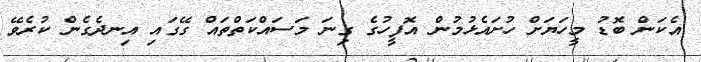
އެކަން ބޮޑު މީހަޔަށް ހުށައެޅުމުން އޮފީހުގެ ގިނަ މަސައްކަތްތައް ގޭގައި އިނދެގެން ކުރެވޭ